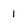
Character: 1